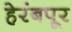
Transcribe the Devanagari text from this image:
हेरंबपूर